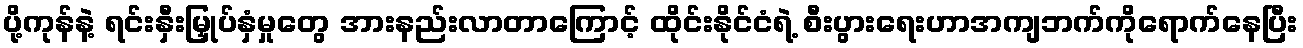
ပို့ကုန်နဲ့ ရင်းနှီးမြှုပ်နှံမှုတွေ အားနည်းလာတာကြောင့် ထိုင်းနိုင်ငံရဲ့ စီးပွားရေးဟာအကျဘက်ကိုရောက်နေပြီး